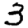
Digit: 3